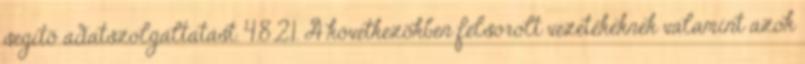
segítõ adatszolgáltatást. 4.8.2.1. A következõkben felsorolt vezetékeknek valamint azok